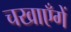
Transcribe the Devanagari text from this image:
चखाएँगें